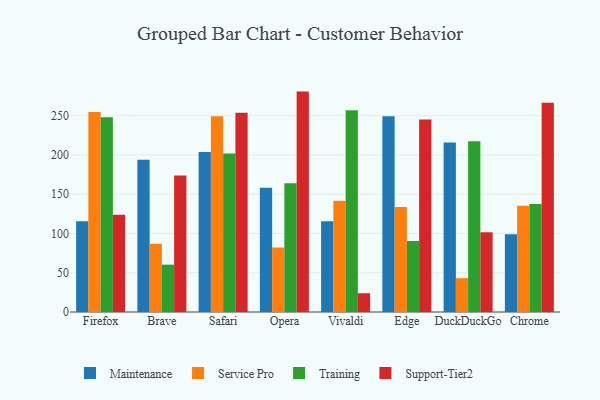
{"axis": {"x": "Browser", "y": "Headcount"}, "legend": ["Maintenance", "Service Pro", "Support-Tier2", "Training"], "data": [{"x": "Firefox", "y": 115.7, "type": "Maintenance"}, {"x": "Firefox", "y": 254.6, "type": "Service Pro"}, {"x": "Firefox", "y": 247.9, "type": "Training"}, {"x": "Firefox", "y": 123.8, "type": "Support-Tier2"}, {"x": "Brave", "y": 193.8, "type": "Maintenance"}, {"x": "Brave", "y": 86.9, "type": "Service Pro"}, {"x": "Brave", "y": 60.3, "type": "Training"}, {"x": "Brave", "y": 173.9, "type": "Support-Tier2"}, {"x": "Safari", "y": 203.8, "type": "Maintenance"}, {"x": "Safari", "y": 249.2, "type": "Service Pro"}, {"x": "Safari", "y": 201.9, "type": "Training"}, {"x": "Safari", "y": 253.9, "type": "Support-Tier2"}, {"x": "Opera", "y": 158.3, "type": "Maintenance"}, {"x": "Opera", "y": 82.2, "type": "Service Pro"}, {"x": "Opera", "y": 163.9, "type": "Training"}, {"x": "Opera", "y": 280.7, "type": "Support-Tier2"}, {"x": "Vivaldi", "y": 115.7, "type": "Maintenance"}, {"x": "Vivaldi", "y": 141.8, "type": "Service Pro"}, {"x": "Vivaldi", "y": 257.0, "type": "Training"}, {"x": "Vivaldi", "y": 23.9, "type": "Support-Tier2"}, {"x": "Edge", "y": 249.4, "type": "Maintenance"}, {"x": "Edge", "y": 133.7, "type": "Service Pro"}, {"x": "Edge", "y": 90.5, "type": "Training"}, {"x": "Edge", "y": 245.3, "type": "Support-Tier2"}, {"x": "DuckDuckGo", "y": 215.8, "type": "Maintenance"}, {"x": "DuckDuckGo", "y": 43.1, "type": "Service Pro"}, {"x": "DuckDuckGo", "y": 217.5, "type": "Training"}, {"x": "DuckDuckGo", "y": 101.7, "type": "Support-Tier2"}, {"x": "Chrome", "y": 99.1, "type": "Maintenance"}, {"x": "Chrome", "y": 135.4, "type": "Service Pro"}, {"x": "Chrome", "y": 137.7, "type": "Training"}, {"x": "Chrome", "y": 266.5, "type": "Support-Tier2"}]}